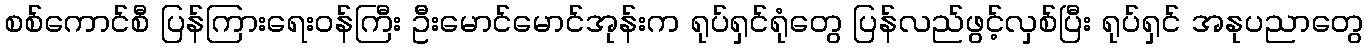
စစ်ကောင်စီ ပြန်ကြားရေးဝန်ကြီး ဦးမောင်မောင်အုန်းက ရုပ်ရှင်ရုံတွေ ပြန်လည်ဖွင့်လှစ်ပြီး ရုပ်ရှင် အနုပညာတွေ